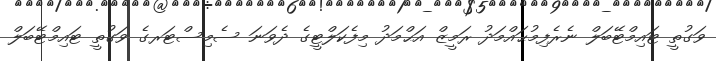
ވަގުތީ ޓައިމްޓޭބަލް ނެރެފިމުޙައްމަދު ރަމީޒް އަޙްމަދު މިފެކަލްޓީގެ ދެވަނަ ސެމިސްޓަރގެ ވަގުތީ ޓައިމްޓޭބަލް